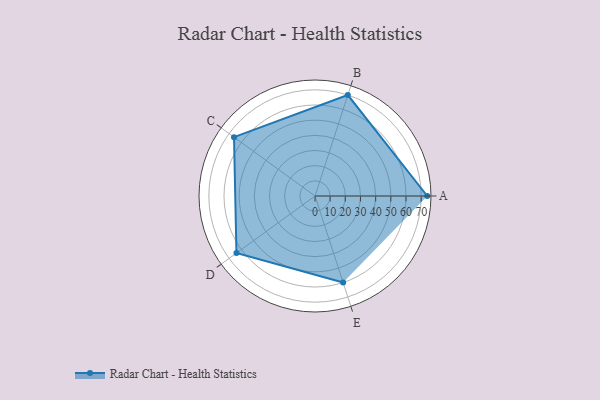
{"axis": {"x": "Skill", "y": "Score"}, "legend": ["Profile"], "data": [{"x": "A", "y": 74.0, "type": "Profile"}, {"x": "B", "y": 70.0, "type": "Profile"}, {"x": "C", "y": 66.0, "type": "Profile"}, {"x": "D", "y": 64.0, "type": "Profile"}, {"x": "E", "y": 60.0, "type": "Profile"}]}